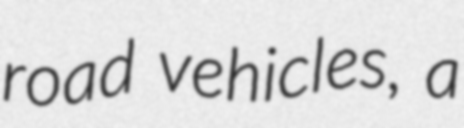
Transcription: road vehicles, a